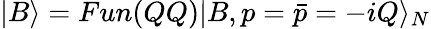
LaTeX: |B\rangle=Fun(QQ)|B,p=\bar{p}=-iQ\rangle_{N}